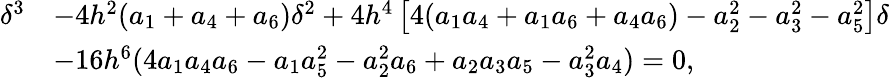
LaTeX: \begin{array}{rl}{\delta^{3}}&{-4h^{2}(a_{1}+a_{4}+a_{6})\delta^{2}+4h^{4}\left[4(a_{1}a_{4}+a_{1}a_{6}+a_{4}a_{6})-a_{2}^{2}-a_{3}^{2}-a_{5}^{2}\right]\delta}\\ &{-16h^{6}(4a_{1}a_{4}a_{6}-a_{1}a_{5}^{2}-a_{2}^{2}a_{6}+a_{2}a_{3}a_{5}-a_{3}^{2}a_{4})=0,}\end{array}